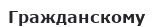
Гражданскому